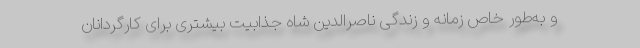
و به‌طور خاص زمانه و زندگی ناصرالدین شاه جذابیت بیشتری برای کارگردانان